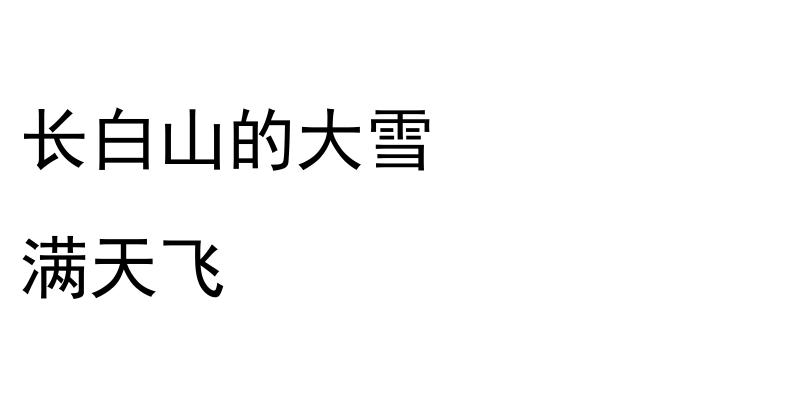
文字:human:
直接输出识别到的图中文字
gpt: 长白山的大雪 满天飞